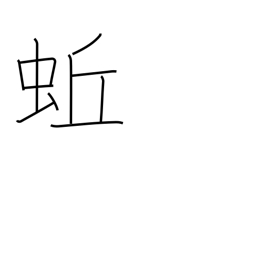
Meaning: earthworm